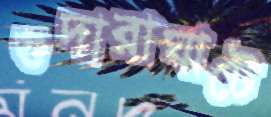
গুদারাঘাটে